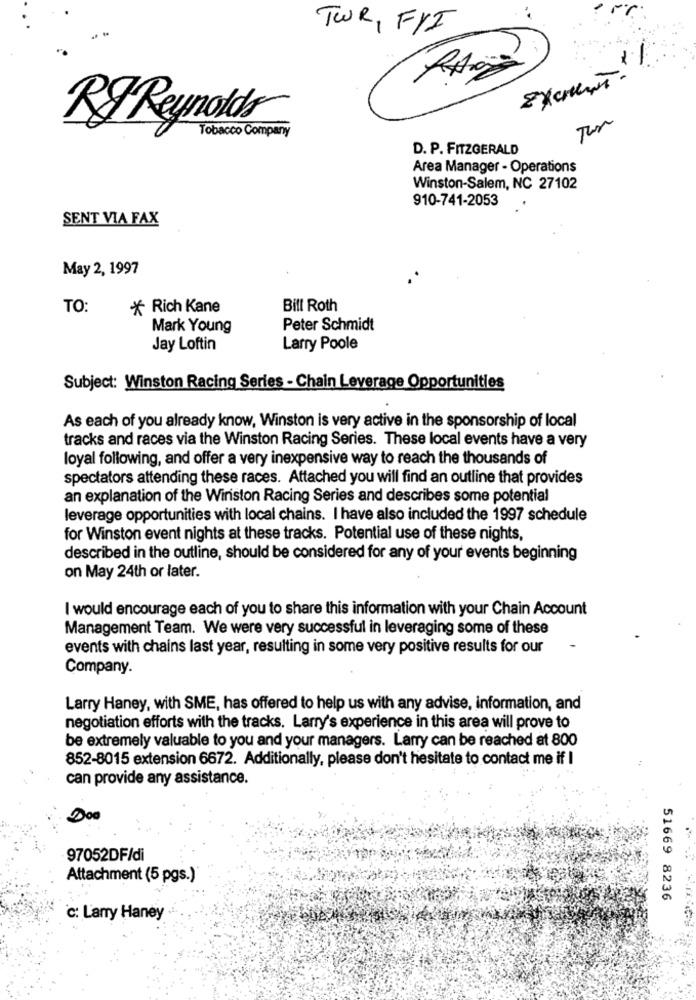
TWR, FYI
1%
RF Reynolds
Tobacco Company
D. P. FITZGERALD
Area Manager - Operations
Winston-Salem, NC 27102
910-741-2053
SENT VIA FAX
May 2, 1997
TO:
* Rich Kane
Bill Roth
Mark Young
Peter Schmidt
Jay Loftin
Larry Poole
Subject: Winston Racing Series - Chain Leverage Opportunities
As each of you already know, Winston is very active in the sponsorship of local
tracks and races via the Winston Racing Series. These local events have a very
loyal following, and offer a very inexpensive way to reach the thousands of
spectators attending these races. Attached you will find an outline that provides
an explanation of the Wiriston Racing Series and describes some potential
leverage opportunities with local chains. I have also included the 1997 schedule
for Winston event nights at these tracks. Potential use of these nights,
described in the outline, should be considered for any of your events beginning
on May 24th or later.
I would encourage each of you to share this information with your Chain Account
Management Team. We were very successful in leveraging some of these
events with chains last year, resulting in some very positive results for our
Company.
Larry Haney, with SME, has offered to help us with any advise, information, and
negotiation efforts with the tracks. Larry's experience in this area will prove to
be extremely valuable to you and your managers. Larry can be reached at 800
852-8015 extension 6672. Additionally, please don't hesitate to contact me if I
can provide any assistance.
Doo
97052DF/di
Attachment (5 pgs.)
51669 8236
c: Larry Haney